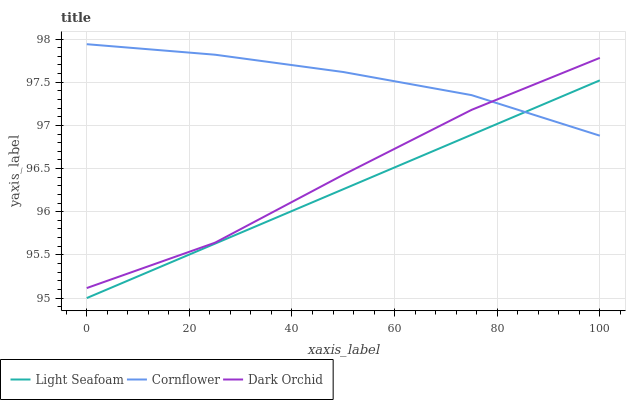
| xaxis_label | Light Seafoam | Cornflower | Dark Orchid |
 | --- | --- | --- | --- |
 | 0 | 95 | 97.9 | 95.1 |
 | 25 | 95.6 | 97.8 | 95.6 |
 | 50 | 96.3 | 97.6 | 96.4 |
 | 75 | 96.9 | 97.4 | 97.2 |
 | 100 | 97.5 | 96.9 | 97.8 |